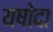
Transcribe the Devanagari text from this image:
यषोदा